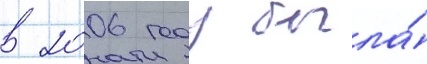
в 2006 году была́